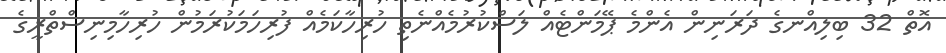
އޮތް 32 ބިލިއްނގެ ދަރަނިން އެންމެ ޕޭމަންޓެއް ލަސްކުރުމެއްނެތި ހުރިހާކަމެއް ފުރިހަމަކުރަމުން ހުރިހާމިނިސްތްރީގެ